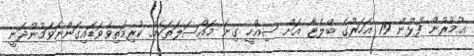
އުމުރުން ފުޅުން 79 އަހަރުގެ ބްލެޓާ އަށް ސިއްހީ ގިނަ މައްސަލަތަކެއް ކުރިމަތިވެވަޑައިގަންނަވަމުންދަނީ